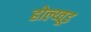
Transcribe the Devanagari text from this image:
होल्य्वूड